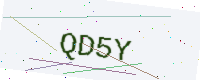
Text: QD5Y